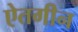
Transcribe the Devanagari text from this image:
ऐतगीन